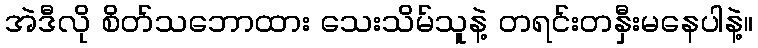
အဲဒီလို စိတ်သဘောထား သေးသိမ်သူနဲ့ တရင်းတနှီးမနေပါနဲ့။